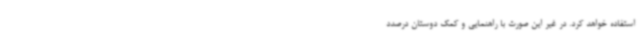
استفاده خواهد کرد. در غیر این صورت با راهنمایی و کمک دوستان درصدد